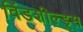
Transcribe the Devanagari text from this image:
विंडशील्ड्स